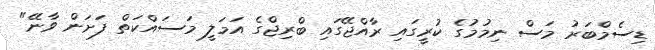
ޑިސެމްބަރު މަސް ނިމުމުގެ ކުރީގައި ރާއްޖޭގައި ބްރިޖްގެ އަމަލީ މަސައްކަތް ފަށަން ވާނޭ"